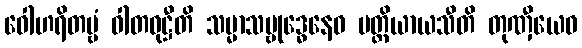
ဝေါဟရိတဗ္ဗံ ဝါတဝုဋ္ဌီတိ သမ္မာသမ္ဗုဒ္ဓေနေဝ ပတ္တိယာယသီတိ တုဏှီယေဝ